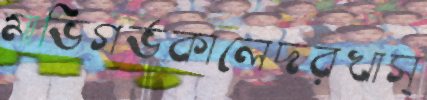
মাভিগর্ভকালেদরখাস্